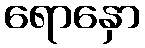
ရောနှော